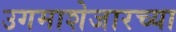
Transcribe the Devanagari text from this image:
उगमाशेजारच्या